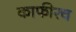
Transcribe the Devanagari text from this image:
काफीरच